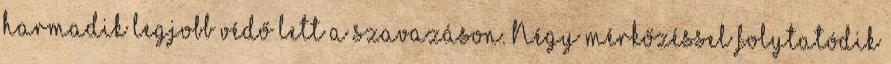
harmadik legjobb védő lett a szavazáson. Négy mérkőzéssel folytatódik